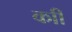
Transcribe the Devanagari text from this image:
काी